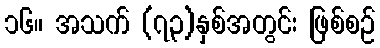
၁၆။ အသက် (၇၃)နှစ်အတွင်း ဖြစ်စဉ်